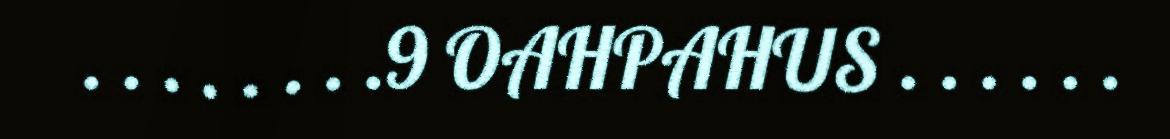
. . . . . . . .9 OAHPAHUS . . . . . .